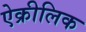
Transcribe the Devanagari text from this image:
ऐक्रीलिक